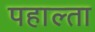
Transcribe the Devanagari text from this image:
पहाल्ता